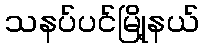
သနပ်ပင်မြို့နယ်